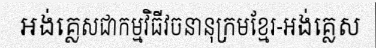
អង់គ្លេសជាកម្មវិធីវចនានុក្រមខ្មែរ-អង់គ្លេស